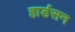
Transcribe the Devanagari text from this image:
हार्डसन